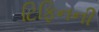
ટિફિનની